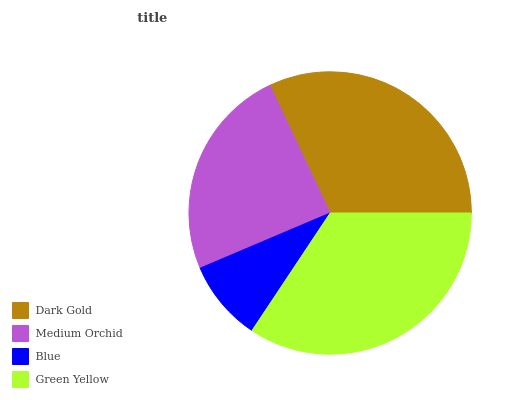
| Dark Gold | Medium Orchid | Blue | Green Yellow |
 | --- | --- | --- | --- |
 | 32% | 24.4% | 9.28% | 34.4% |